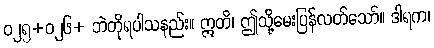
ဝ၂၅+ဝ၂၆+ ဘဲတိုရပါသနည်း။ ဣတိ၊ ဤသို့မေးပြန်လတ်သော်။ ဒါရက၊